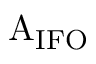
\mathrm { A _ { I F O } }